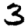
Digit: 3